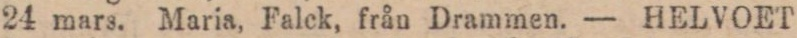
24 mars. Maria, Falck, från Drammen. — HELVOET